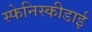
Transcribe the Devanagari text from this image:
स्फेनिस्कीडाई